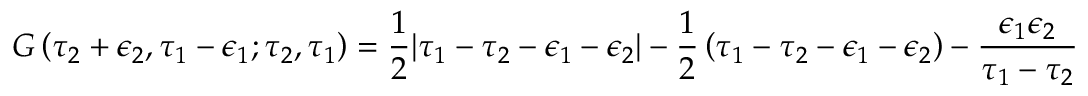
G \left( \tau _ { 2 } + \epsilon _ { 2 } , \tau _ { 1 } - \epsilon _ { 1 } ; \tau _ { 2 } , \tau _ { 1 } \right) = \frac 1 2 | \tau _ { 1 } - \tau _ { 2 } - \epsilon _ { 1 } - \epsilon _ { 2 } | - \frac 1 2 \left( \tau _ { 1 } - \tau _ { 2 } - \epsilon _ { 1 } - \epsilon _ { 2 } \right) - \frac { \epsilon _ { 1 } \epsilon _ { 2 } } { \tau _ { 1 } - \tau _ { 2 } }